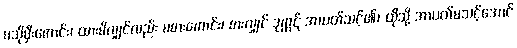
မသိုမှီးကောင်း၊ ထားမိလျှင်လည်း မစားကောင်း၊ စားလျှင် ဒုက္ကဋ် အာပတ်သင့်၏၊ ထိုသို့ အာပတ်မသင့်အောင်